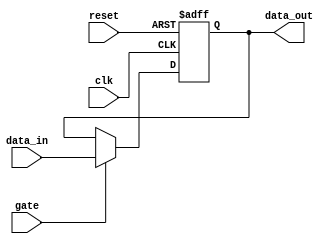
module gated_latch (
    input wire gate,
    input wire clk,
    input wire reset,
    input wire data_in,
    output reg data_out
);

always @(posedge clk or posedge reset) begin
    if (reset) begin
        data_out <= 1'b0;
    end else begin
        if (gate) begin
            data_out <= data_in;
        end
    end
end

endmodule